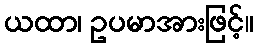
ယထာ၊ ဥပမာအားဖြင့်။